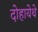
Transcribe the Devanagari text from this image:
दोहायेथे